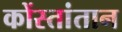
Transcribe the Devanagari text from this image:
कोंस्तांतान